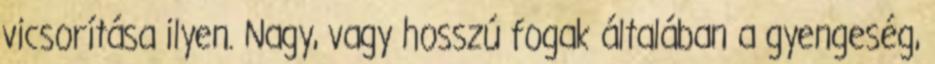
vicsorítása ilyen. Nagy, vagy hosszú fogak általában a gyengeség,